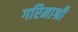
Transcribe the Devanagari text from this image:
गरिमाश्री